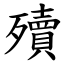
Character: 殰